Annual report of the Punjab Veterinary College and of the Civil Veterinary Department, Punjab - 1909-1919
Year: 1909
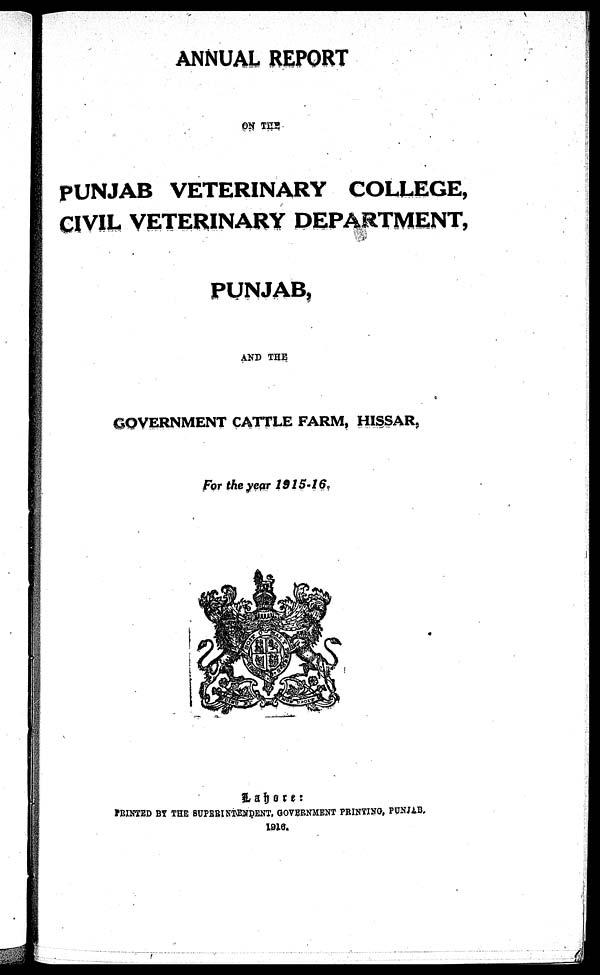
ANNUAL REPORT
ON THE
PUNJAB VETERINARY COLLEGE,
CIVIL VETERINARY DEPARTMENT,
PUNJAB,
AND THE
GOVERNMENT CATTLE FARM, HISSAR,
For the year 1915-16.
Lahore:
PRINTED BY THE SUPERINTENDENT, GOVERNMENT PRINTING, PUNJAB.
1916.